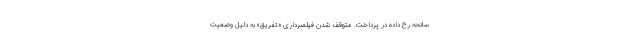
سانحه رخ داده در پرداخت. متوقف شدن فیلمبرداری «تفریق» به دلیل وضعیت